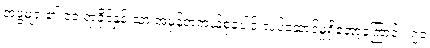
အဖွဲ့များ၏ ၁၀ ရာခိုင်နှုန်းသာ အမှန်တကယ်စုပေါင်းလုပ်ဆောင်မှုရှိတော့ကြောင်း၊ ၇၀